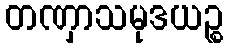
တဏှာသမုဒယဉ္စ